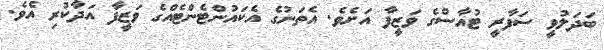
ބަދަލުވީ ސަފާރީ ޓުއާސްގެ ވަޒީފާ އަށެވެ. އެތަނުގެ އެކައުންޓެންޓެއްގެ ވަޒީފާ އަދާކުރި އެވެ.